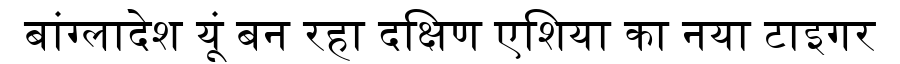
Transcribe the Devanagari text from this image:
बांग्लादेश यूं बन रहा दक्षिण एशिया का नया टाइगर